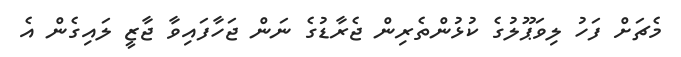
މެޗަށް ފަހު ލިވަޕޫލުގެ ކުޅުންތެރިން ޖެރާޑުގެ ނަން ޖަހާފައިވާ ޖާޒީ ލައިގެން އެ